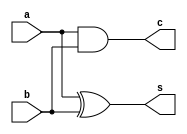
module halfAdder(a,b,s,c);
input a,b;
output s,c;
assign s=a^b;
assign c=a&b;
endmodule

module fullAdder(a,b,c,s,cout);
input a,b,c;
output s,cout;
assign s=a^b^c;
assign cout=a&b | b&c | a&c;
endmodule

module adder(a,b,s);
input [4:0]a,b;
output [4:0]s;
wire cin,cout,c0,c1,c2,c3;
assign cin=1'b0;

fullAdder fa0(cin,a[0],b[0],s[0],c0);
fullAdder fa1(c0,a[1],b[1],s[1],c1);
fullAdder fa2(c1,a[2],b[2],s[2],c2);
fullAdder fa3(c2,a[3],b[3],s[3],c3);
fullAdder fa4(c3,a[4],b[4],s[4],cout);

endmodule

module subtractorfive(a,b,D1);
input [4:0]a,b;
output [4:0]D1;


wire [4:0]B1;
wire [9:0]c;

wire [4:0]bcomp=~b;

assign temp=1'b1;
halfAdder ha1(bcomp[0],temp,B1[0],c[0]);
halfAdder ha2(bcomp[1],c[0],B1[1],c[1]);
halfAdder ha3(bcomp[2],c[1],B1[2],c[2]);
halfAdder ha4(bcomp[3],c[2],B1[3],c[3]);
halfAdder ha5(bcomp[4],c[3],B1[4],c[4]);

assign cin=1'b0;

fullAdder fa1(cin,a[0],B1[0],D1[0],c[5]);
fullAdder fa2(c[5],a[1],B1[1],D1[1],c[6]);
fullAdder fa3(c[6],a[2],B1[2],D1[2],c[7]);
fullAdder fa4(c[7],a[3],B1[3],D1[3],c[8]);
fullAdder fa5(c[8],a[4],B1[4],D1[4],c[9]);

endmodule


module subtractorMan(a,b,D1,cman);
input [20:0]a,b;
output [20:0]D1;
output cman;

wire [20:0]B1;
wire [30:0]c;

wire [20:0]bcomp=~b;

assign temp=1'b1;
halfAdder ha1(bcomp[0],temp,B1[0],c[0]);

generate
   genvar i;
   
   for(i=1;i<21;i=i+1)
     begin
       halfAdder h(bcomp[i],c[i-1],B1[i],c[i]);
     end

   assign cin=1'b0;
   fullAdder fa1(cin,a[0],B1[0],D1[0],c[10]);
   for(i=1;i<21;i=i+1)
     begin
       fullAdder f(c[i+9],a[i],B1[i],D1[i],c[i+10]);
     end

endgenerate

assign cman=c[30];


endmodule